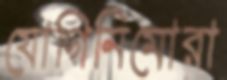
যোগিনিমোরা